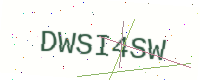
Text: DWSI4SW